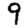
Digit: 9